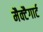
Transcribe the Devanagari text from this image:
मैक्टैगार्ट